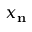
x _ { \mathbf { n } }